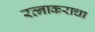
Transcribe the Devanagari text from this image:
रत्नाकराचा